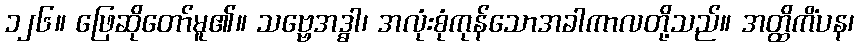
၁၂၆။ ဖြေဆိုတော်မူ၏။ သဗ္ဗေအဒ္ဓါ၊ အလုံးစုံကုန်သောအခါကာလတို့သည်။ အတ္ထိကိံပန၊